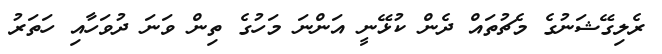
ރެލިގޭޝަނުގެ މެޗުތައް ދެން ކުޅޭނީ އަންނަ މަހުގެ ތިން ވަނަ ދުވަހާއި ހަތަރު